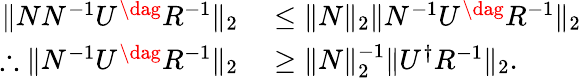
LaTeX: \begin{array}{rl}{\| NN^{-1}U^{\dag}R^{-1}\| _{2}}&{{}\leq\| N\| _{2}\| N^{-1}U^{\dag}R^{-1}\| _{2}}\\ {\therefore\| N^{-1}U^{\dag}R^{-1}\| _{2}}&{{}\geq\| N\| _{2}^{-1}\| U^{\dagger}R^{-1}\| _{2}.}\end{array}